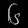
Digit: ၆